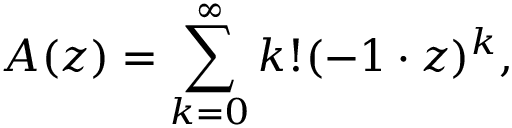
A ( z ) = \sum _ { k = 0 } ^ { \infty } k ! ( - 1 \cdot z ) ^ { k } ,